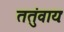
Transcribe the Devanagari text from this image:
ततुंवायः